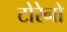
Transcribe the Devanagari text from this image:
टोरेनो